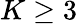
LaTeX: K\geq 3